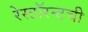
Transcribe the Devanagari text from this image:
रेस्टॉरन्टची